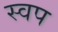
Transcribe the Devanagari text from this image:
स्वप